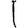
Digit: 1